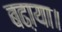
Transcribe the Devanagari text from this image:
बढा़या।